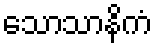
သောသာနိကံ